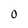
Character: O